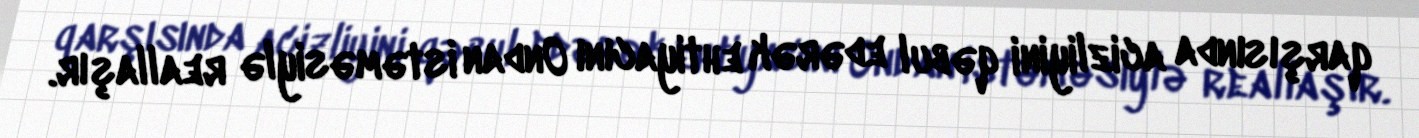
qarşısında acizliyini qəbul edərək ehtiyacını Ondan istəməsiylə reallaşır.